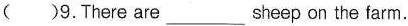
( )9.There are___sheep on the farm.